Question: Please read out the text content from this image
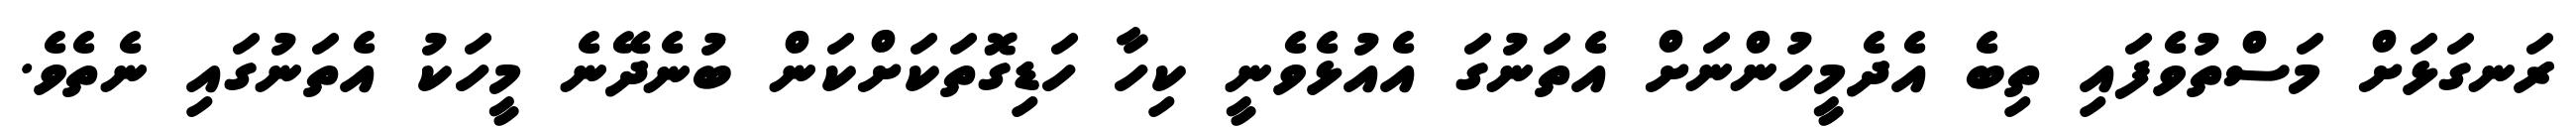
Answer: ރަނގަޅަށް މަސްތުވެފައި ތިބެ އެދެމީހުންނަށް އެތަނުގަ އެއުޅެވެނީ ކިހާ ހަޑިގޮތަކަށްކަން ބުނެދޭނެ މީހަކު އެތަނުގައި ނެތެވެ.